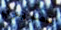
تصويري